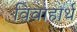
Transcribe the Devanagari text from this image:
विवाहार्थ